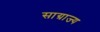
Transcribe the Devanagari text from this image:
साग्राज्‍य